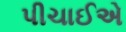
પીચાઈએ